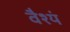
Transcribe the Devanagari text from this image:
वैश्यं